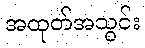
အထုတ်အသွင်း